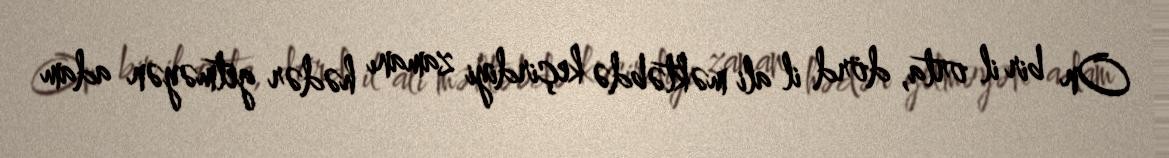
On bir il orta, dörd il ali məktəbdə keçirdiyi zamanı hədər getməyən adam